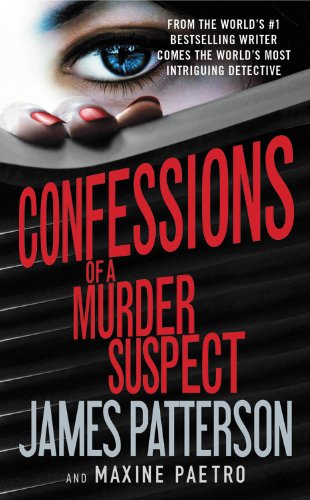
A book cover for Confessions of a Murder Suspect; James Patterson; Teen & Young Adult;